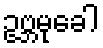
ဥဗ္ဘမုခေါ